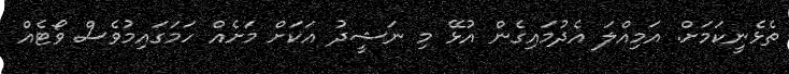
ތެޅެނީކަމަށް. އަމިއްލަ އެދުމައިގެން އުޅޭ މި ނަޝީދު އަކަށް މަށެއް ހަމަގައިމުވެސް ވޯޓެއް